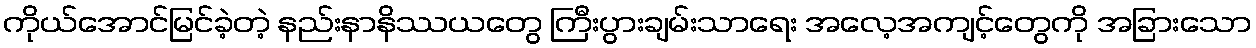
ကိုယ်အောင်မြင်ခဲ့တဲ့ နည်းနာနိဿယတွေ ကြီးပွားချမ်းသာရေး အလေ့အကျင့်တွေကို အခြားသော